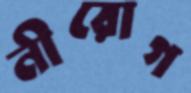
নীরোগ